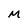
Character: M